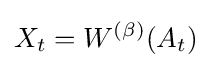
X_{t}=W^{(\beta )}(A_{t})